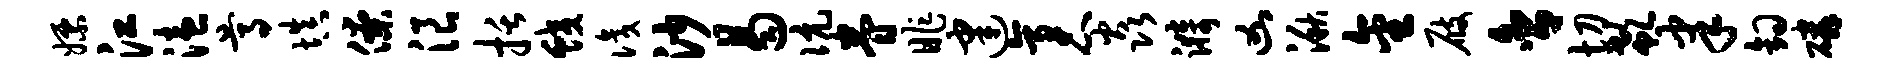
嫖江溘尊填僚浪括蛟识沙曷伉眷昨建袤焱漪凶湫金屐舍切欷聿钩磷